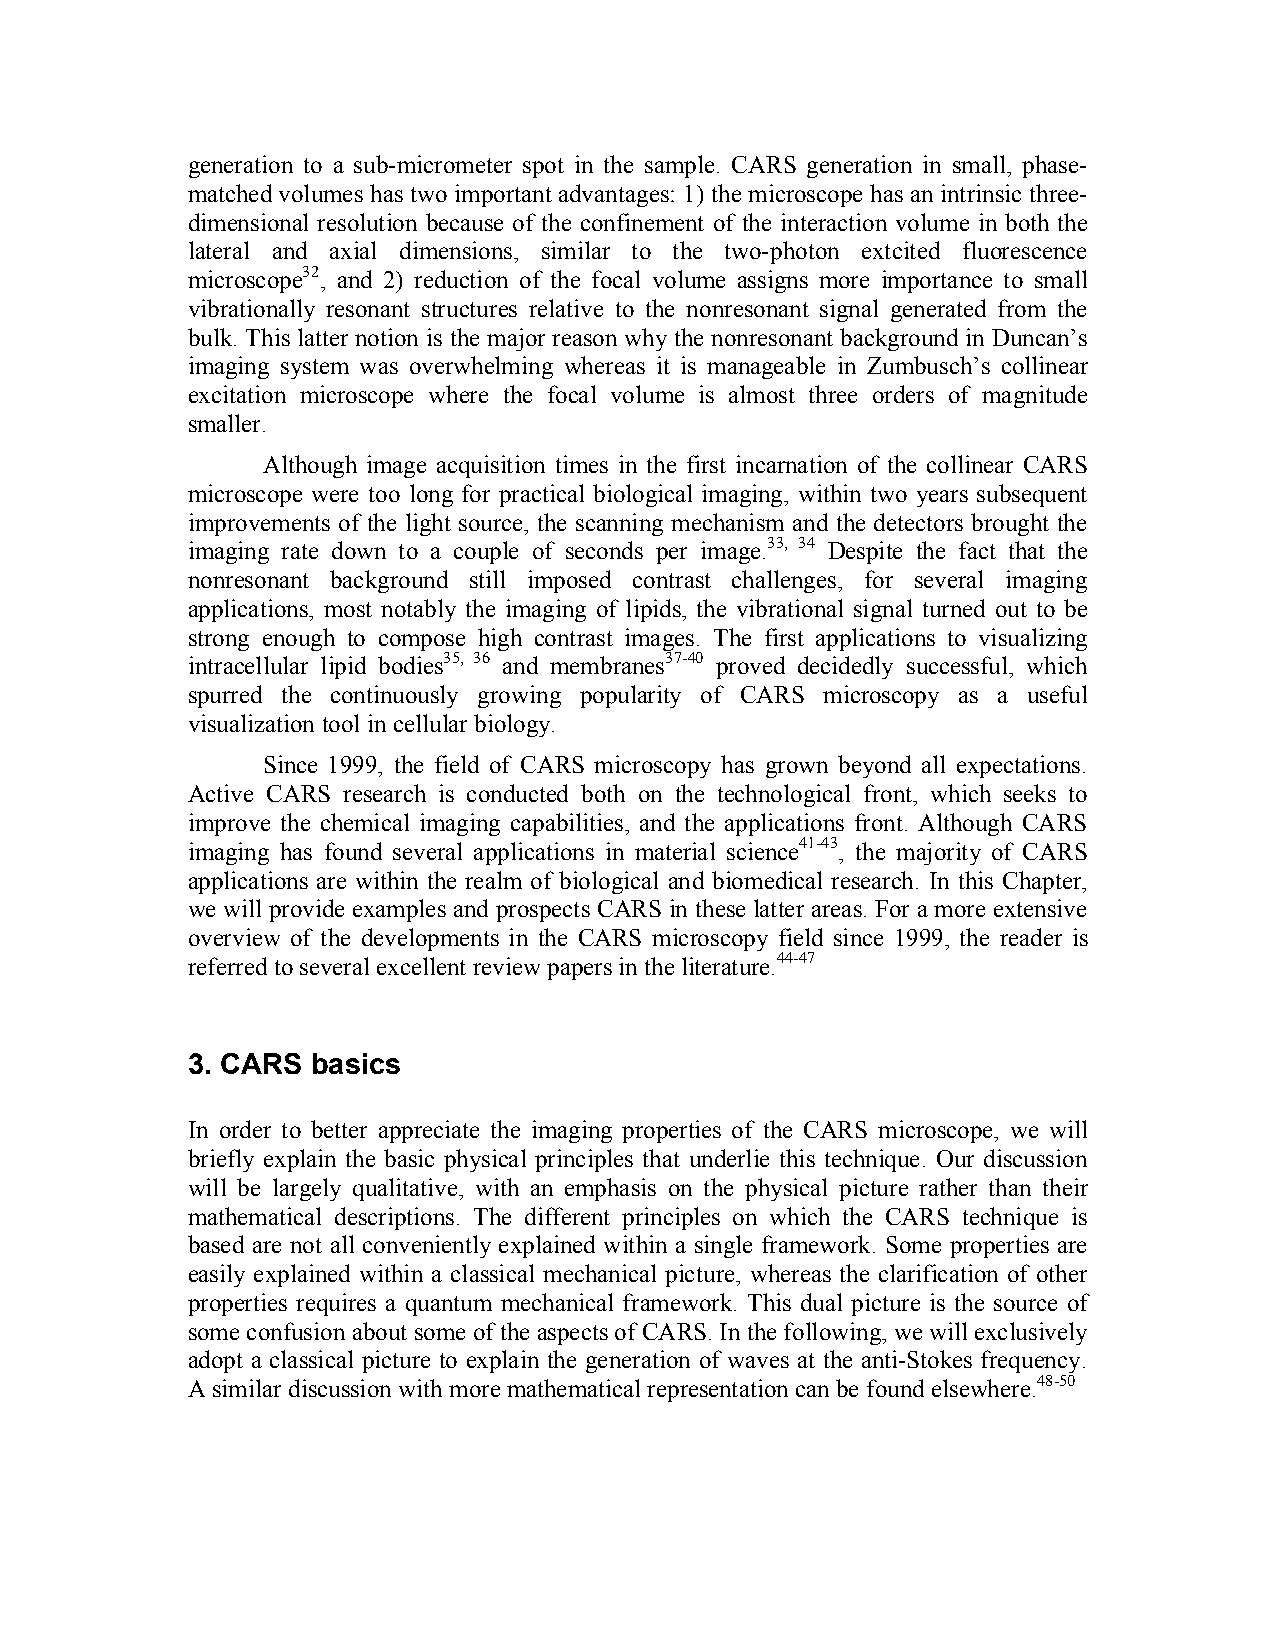
generation to a sub-micrometer spot in the sample. CARS generation in small, phase-
 matched volumes has two important advantages: 1) the microscope has an intrinsic three-
 dimensional resolution because of the confinement of the interaction volume in both the
 lateral and axial dimensions, similar to the two-photon extcited fluorescence
 microscope32, and 2) reduction of the focal volume assigns more importance to small
 vibrationally resonant structures relative to the nonresonant signal generated from the
 bulk. This latter notion is the major reason why the nonresonant background in Duncan’s
 imaging system was overwhelming whereas it is manageable in Zumbusch’s collinear
 excitation microscope where the focal volume is almost three orders of magnitude
 smaller.
 Although image acquisition times in the first incarnation of the collinear CARS
 microscope were too long for practical biological imaging, within two years subsequent
 improvements of the light source, the scanning mechanism and the detectors brought the
 imaging rate down to a couple of seconds per image.33, 34 Despite the fact that the
 nonresonant background still imposed contrast challenges, for several imaging
 applications, most notably the imaging of lipids, the vibrational signal turned out to be
 strong enough to compose high contrast images. The first applications to visualizing
 intracellular lipid bodies35, 36 and membranes37-40 proved decidedly successful, which
 spurred the continuously growing popularity of CARS microscopy as a useful
 visualization tool in cellular biology.
 Since 1999, the field of CARS microscopy has grown beyond all expectations.
 Active CARS research is conducted both on the technological front, which seeks to
 improve the chemical imaging capabilities, and the applications front. Although CARS
 imaging has found several applications in material science41-43, the majority of CARS
 applications are within the realm of biological and biomedical research. In this Chapter,
 we will provide examples and prospects CARS in these latter areas. For a more extensive
 overview of the developments in the CARS microscopy field since 1999, the reader is
 referred to several excellent review papers in the literature.44-47
 3. CARS  basics
 In order to better appreciate the imaging properties of the CARS microscope, we will
 briefly explain the basic physical principles that underlie this technique. Our discussion
 will be largely qualitative, with an emphasis on the physical picture rather than their
 mathematical descriptions. The different principles on which the CARS technique is
 based are not all conveniently explained within a single framework. Some properties are
 easily explained within a classical mechanical picture, whereas the clarification of other
 properties requires a quantum mechanical framework. This dual picture is the source of
 some confusion about some of the aspects of CARS. In the following, we will exclusively
 adopt a classical picture to explain the generation of waves at the anti-Stokes frequency.
 A similar discussion with more mathematical representation can be found elsewhere.48-50